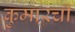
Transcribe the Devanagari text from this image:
कुमारची